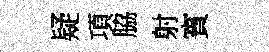
疑項脇射賓